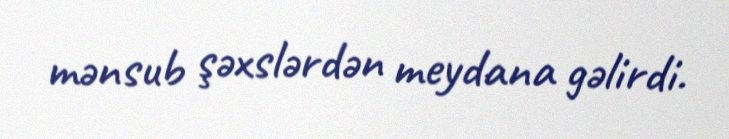
mənsub şəxslərdən meydana gəlirdi.